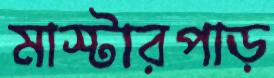
মাস্টারপাড়